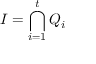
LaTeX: I = \bigcap _ { i = 1 } ^ { t } Q _ { i }